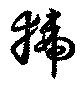
猇